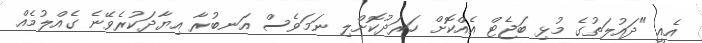
އެއީ "ދައުލަތުގެ މުޅި ބަޖެޓް އެއްކޮށް ހަރަދުކޮށްލި ނަމަވެސް އަނބުރާ އިޔާދަކުރެވޭނެ ގެއްލުމެއް